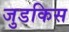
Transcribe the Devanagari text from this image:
जुडकिस